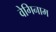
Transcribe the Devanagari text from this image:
वेगिनाम